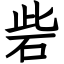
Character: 砦